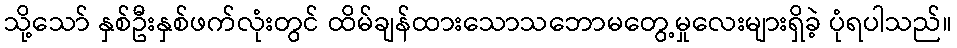
သို့သော် နှစ်ဦးနှစ်ဖက်လုံးတွင် ထိမ်ချန်ထားသောသဘောမတွေ့မှုလေးများရှိခဲ့ ပုံရပါသည်။